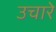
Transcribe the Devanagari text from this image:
उचारे